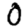
Digit: 0